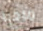
مرحبا